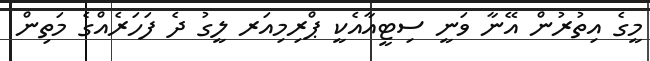
މީގެ އިތުރުން އޭނާ ވަނީ ސިޓީއާއެކީ ޕްރިމިއަރ ލީގު ދެ ފަހަރެއްގެ މަތިން